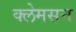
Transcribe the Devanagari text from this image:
क्लेमसन